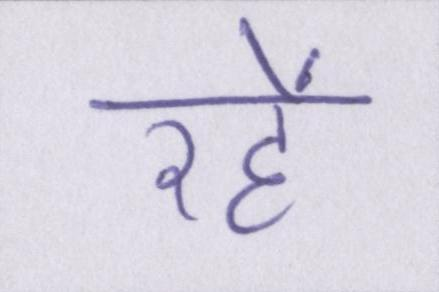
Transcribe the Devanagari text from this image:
रहें